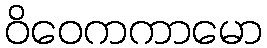
ဝိဝေကကာမော